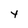
Character: 4